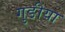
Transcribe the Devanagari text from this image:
गुङीया